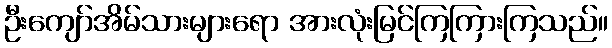
ဦးကျော်အိမ်သားများရော အားလုံးမြင်ကြကြားကြသည်။